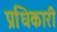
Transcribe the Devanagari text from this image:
प्रधिकारी